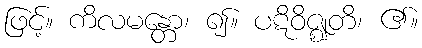
ဖြင့်။ ကိလမန္တော၊ ၍။ ပဋိဝိဇ္ဈတိ၊ ၏။